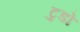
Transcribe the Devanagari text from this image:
टुडो